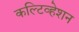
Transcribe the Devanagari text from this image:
कल्टिव्हेशन